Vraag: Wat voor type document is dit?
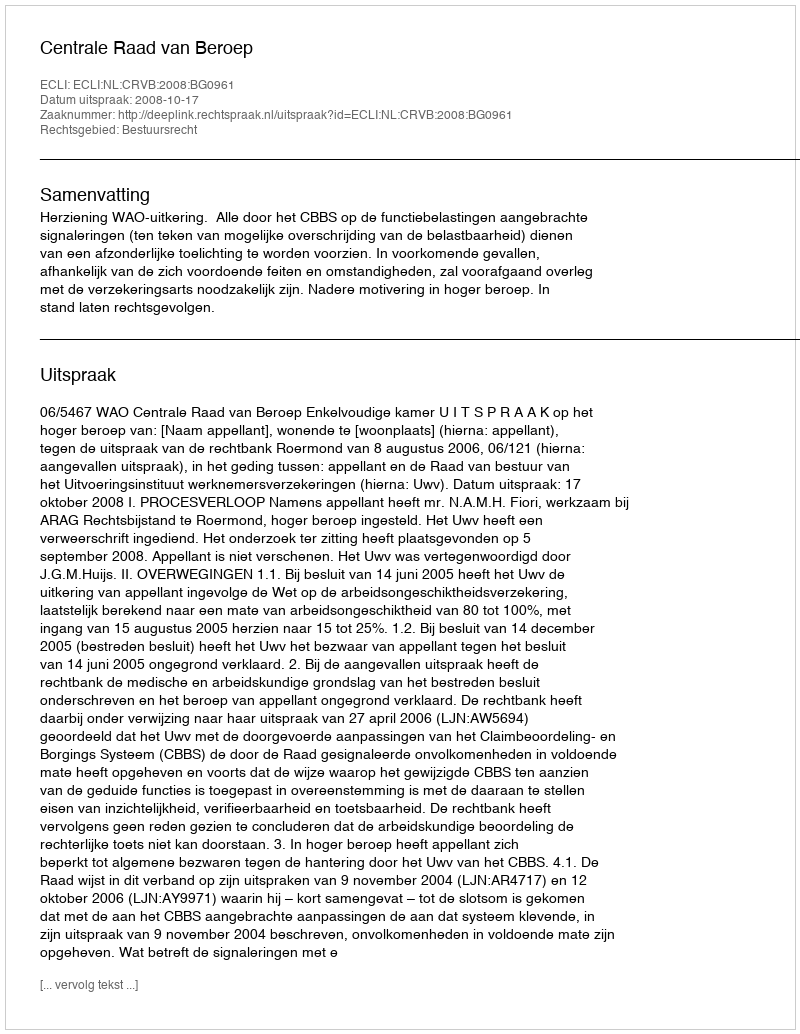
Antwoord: Uitspraak